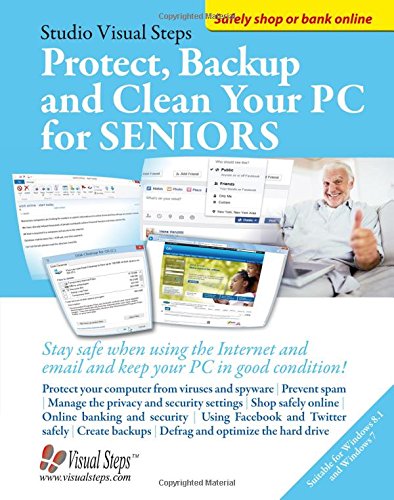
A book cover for Protect, Backup and Clean Your PC for Seniors: Stay Safe When Using the Internet and Email and Keep Your PC in Good Condition! (Computer Books for Seniors series); Studio Visual Steps; Computers & Technology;